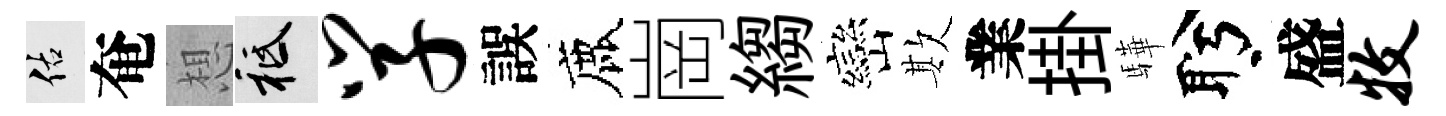
佑奄想祇学誤鹿崗縐巒欺業掛驊盻盛牧